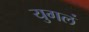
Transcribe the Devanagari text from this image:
युगलं